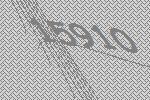
15910